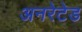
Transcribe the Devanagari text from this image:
अनरेटेड